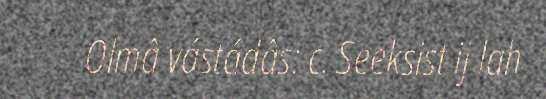
Olmâ vástádâs: c. Seeksist ij lah